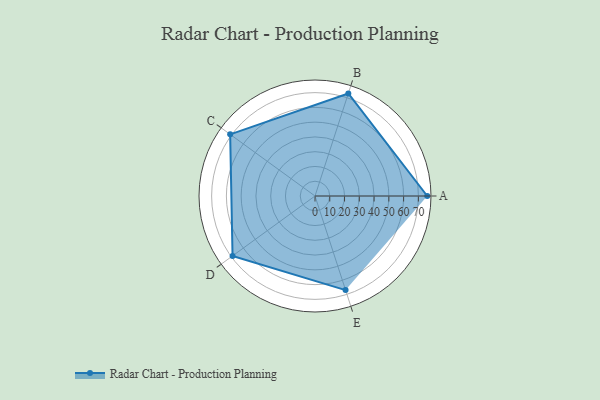
{"axis": {"x": "Skill", "y": "Score"}, "legend": ["Profile"], "data": [{"x": "A", "y": 76.0, "type": "Profile"}, {"x": "B", "y": 73.0, "type": "Profile"}, {"x": "C", "y": 71.0, "type": "Profile"}, {"x": "D", "y": 69.0, "type": "Profile"}, {"x": "E", "y": 67.0, "type": "Profile"}]}